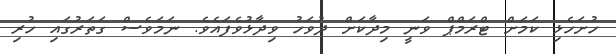
ހުށަހެޅި ކަމަށް ޓްރަމްޕް ވަނީ މިދާކަށް ދުވަހު ވިދާޅުވެފައެވެ. ނަމަވެސް ގަތަރުގައި ހުރި